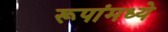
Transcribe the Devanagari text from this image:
रूपांमध्ये